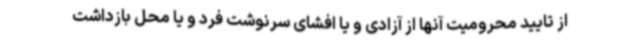
از تایید محرومیت آنها از آزادی و یا افشای سرنوشت فرد و یا محل بازداشت